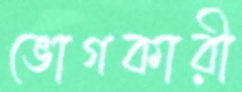
ভোগকারী